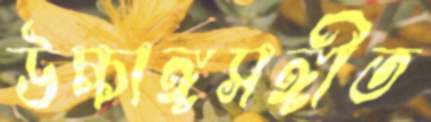
উচ্চাঙ্গসঙ্গীত